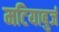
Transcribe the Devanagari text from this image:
मटियाबुर्ज